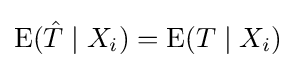
\operatorname {E} ({\hat {T}}\mid X_{i})=\operatorname {E} (T\mid X_{i})